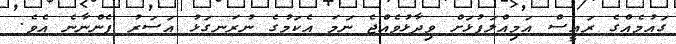
ގައުމެއްގެ ރައީސް އަމިއްލަފުޅަށް ވިދާޅުވެއްޖެ ނަމަ އެކަމުގެ ނުރަނގަޅު އަސަރު ފެންނާނެ އެވެ.